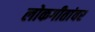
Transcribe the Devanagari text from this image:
लोकगीतांवर